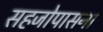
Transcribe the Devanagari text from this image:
सहजोपासना